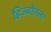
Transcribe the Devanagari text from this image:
हिज़्बोल्ला